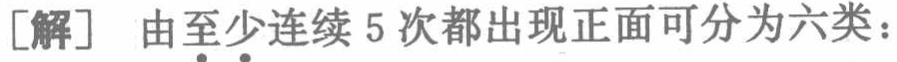
[解] 由至少连续 5 次都出现正面可分为六类：